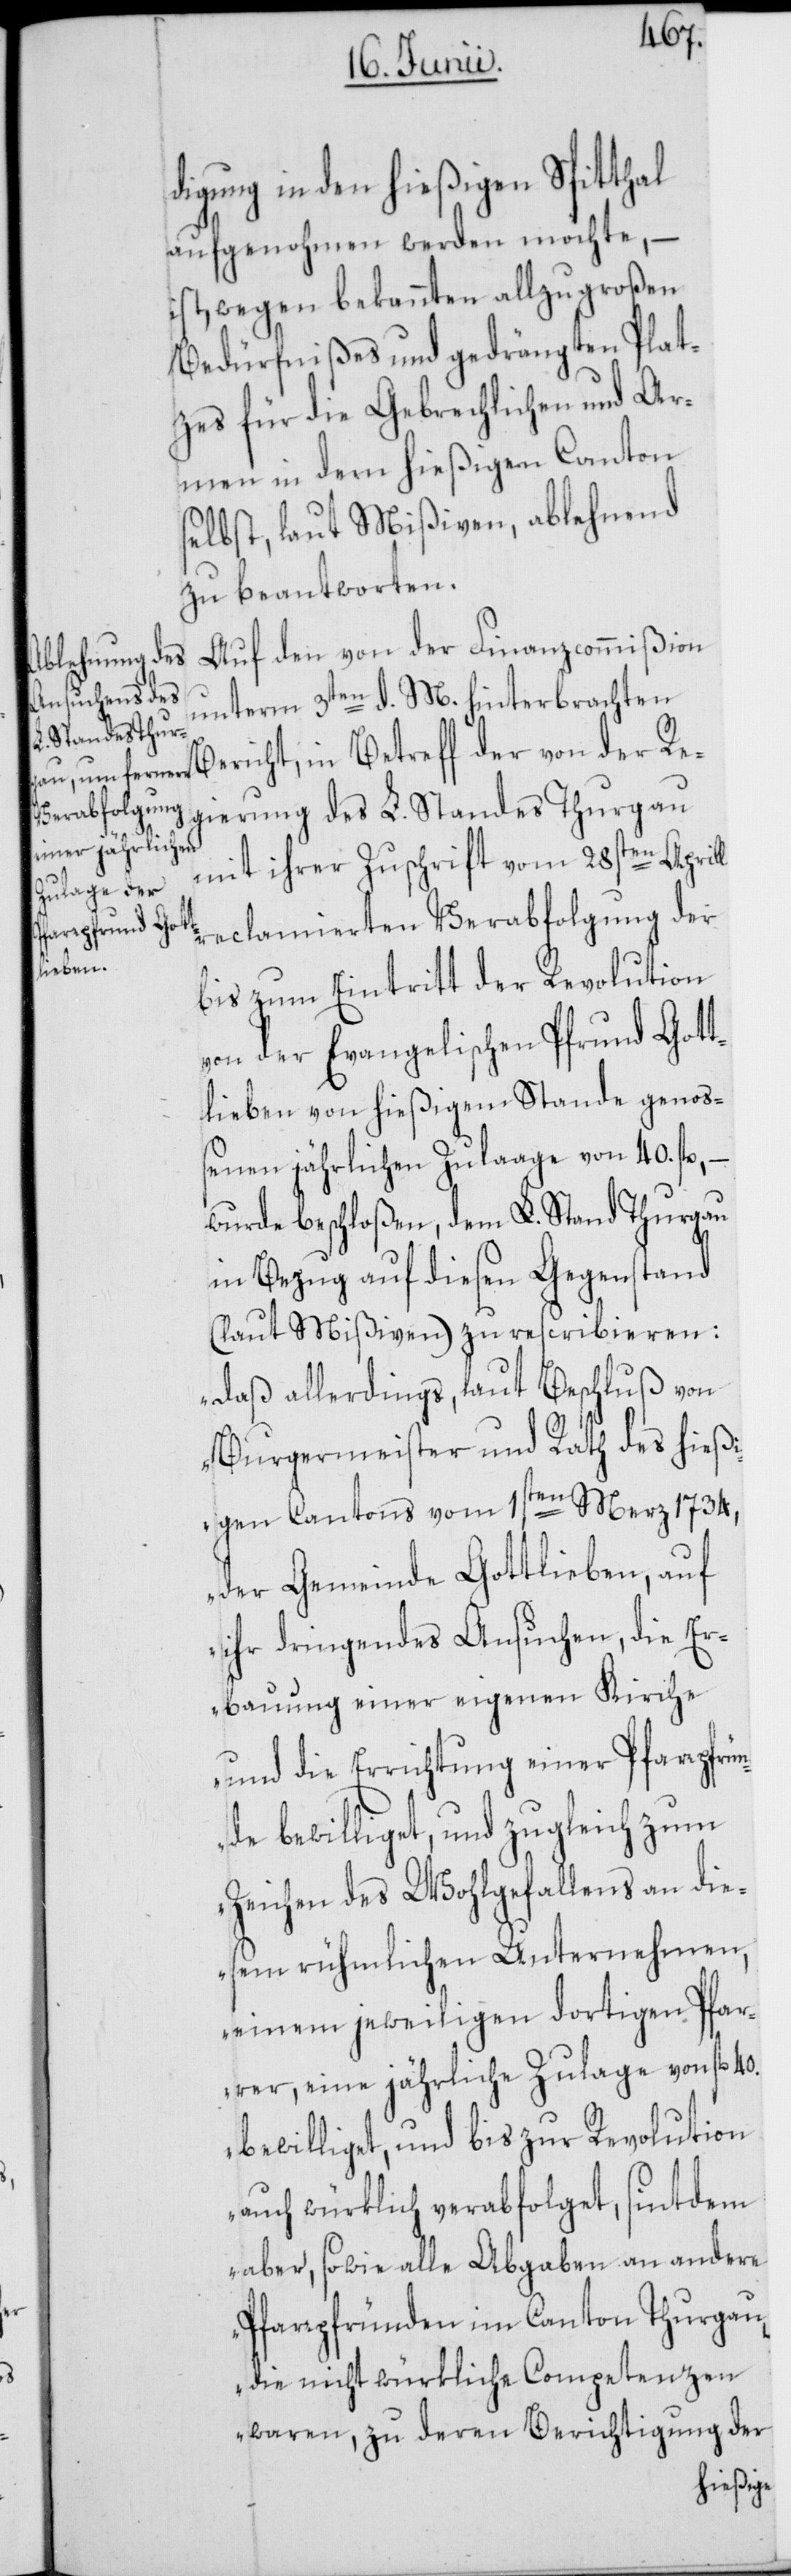
digung in den hießigen Spitthal
aufgenohmen werden möchte, –
ist, wegen bekannten allzu großen
Bedürfnißes und gedrängten Plat¬
zes für die Gebrechlichen und Ar¬
men in dem hießigen Canton
selbst, laut Mißiven, ablehnend
zu beantworten.
Auf den von der Finanzcommißion
unterm 3ten d. M. hinterbrachten
Bericht, in Betreff der von der Re¬
gierung des L. Standes Thurgau
mit ihrer Zuschrift vom 28sten Aprill
reclamierten Verabfolgung der
bis zum Eintritt der Revolution
von der Evangelischen Pfrund Gott¬
lieben von hießigem Stande genoß¬
enen jährlichen Zulaage von 40. fl., –
wurde beschloßen, dem L. Stand Thurgau
in Bezug auf diesen Gegenstand
(laut Mißiven) zu rescribieren:
„Daß allerdings, laut Beschluß von
Burgermeister und Rath des hießi¬
gen Cantons vom 1sten Merz 1734,
der Gemeinde Gottlieben, auf
ihr dringendes Ansuchen, die Er¬
bauung einer eigenen Kirche
und die Errichtung einer Pfarrpfrün¬
de bewilliget, und zugleich zum
Zeichen des Wohlgefallens an die¬
sem rühmlichen Unternehmen,
einem jeweiligen dortigen Pfar¬
rer, eine jährliche Zulage von fl. 40.
bewilliget, und bis zur Revolution
auch würklich verabfolget, sintdem
aber, sowie alle Abgaben an andere
Pfarrpfründen im Canton Thurgau,
die nicht würkliche Competenzen
waren, zu deren Berichtigung der